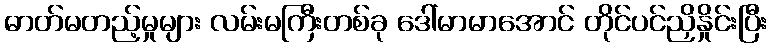
ဓာတ်မတည့်မှုများ လမ်းမကြီးတစ်ခု ဒေါ်မာမာအောင် တိုင်ပင်ညှိနှိုင်းပြီး